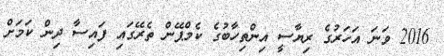
2016 ވަނަ އަހަރުގެ ރިޔާސީ އިންތިހާބުގެ ކެމްޕޭން ތެރޭގައި ފައިސާ ދިން ކަމަށް